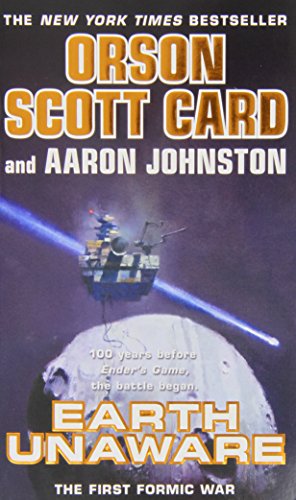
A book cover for Earth Unaware (The First Formic War); Orson Scott Card; Science Fiction & Fantasy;